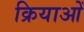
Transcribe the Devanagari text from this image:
क्रियाआें